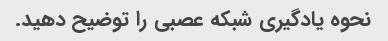
نحوه یادگیری شبکه عصبی را توضیح دهید.